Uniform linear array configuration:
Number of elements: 32
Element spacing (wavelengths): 0.75
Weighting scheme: kaiser
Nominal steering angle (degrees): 60
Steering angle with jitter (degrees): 58.946
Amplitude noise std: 0.05
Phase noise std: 0.05

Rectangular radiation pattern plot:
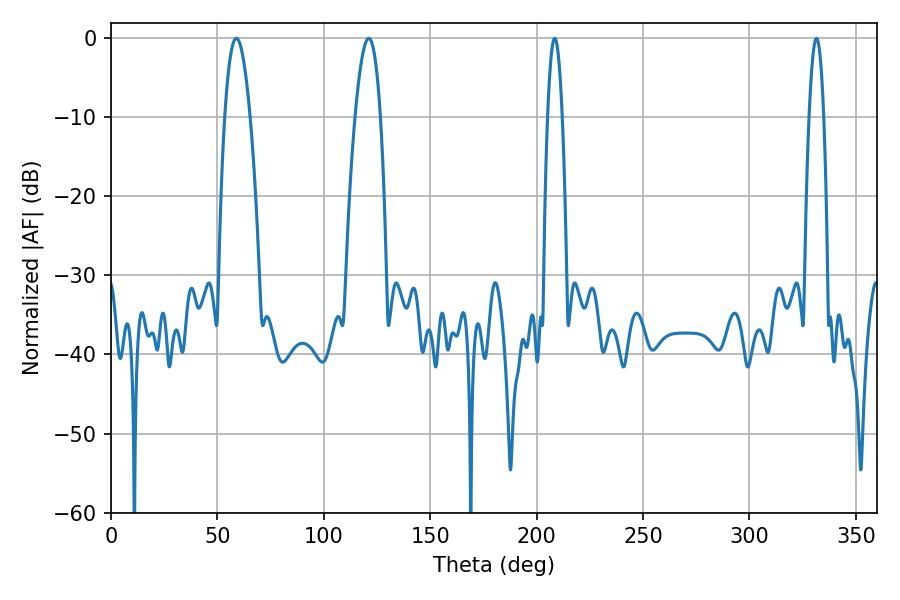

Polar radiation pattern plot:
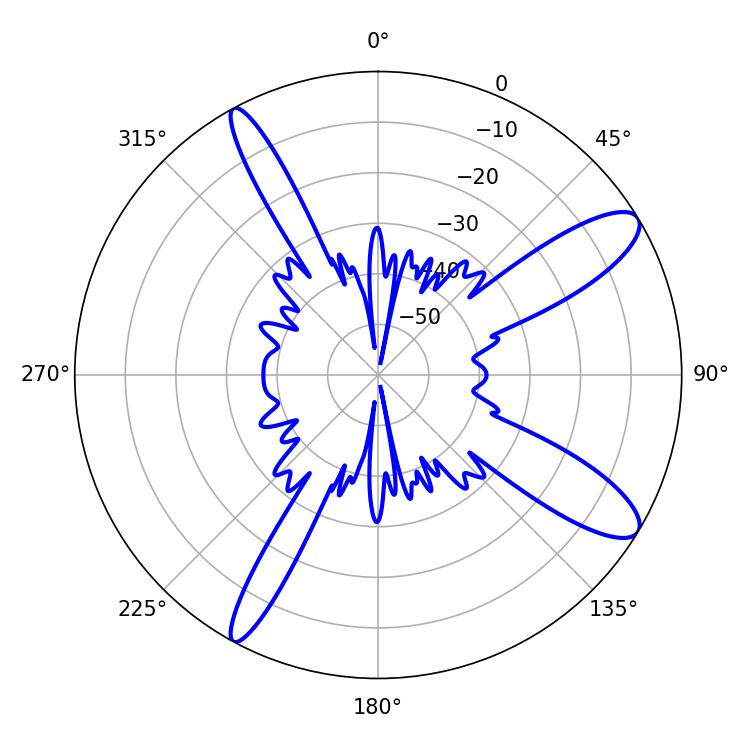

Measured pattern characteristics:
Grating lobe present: TRUE
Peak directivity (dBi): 11.461
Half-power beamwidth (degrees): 6.48
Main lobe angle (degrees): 58.86